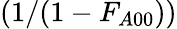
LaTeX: (1/(1-F_{A00}))